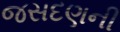
જસદણની